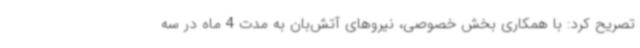
تصریح کرد: با همکاری بخش خصوصی، نیروهای آتش‌بان به مدت 4 ماه در سه